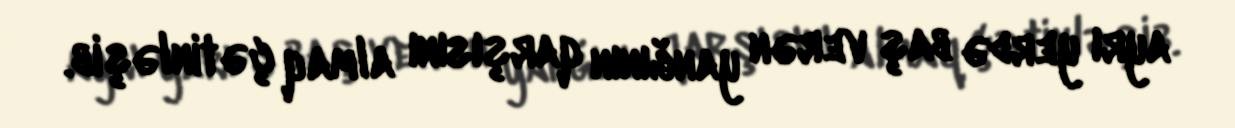
ayrı yerdə baş verən yanğının qarşısını almaq çətinləşib.